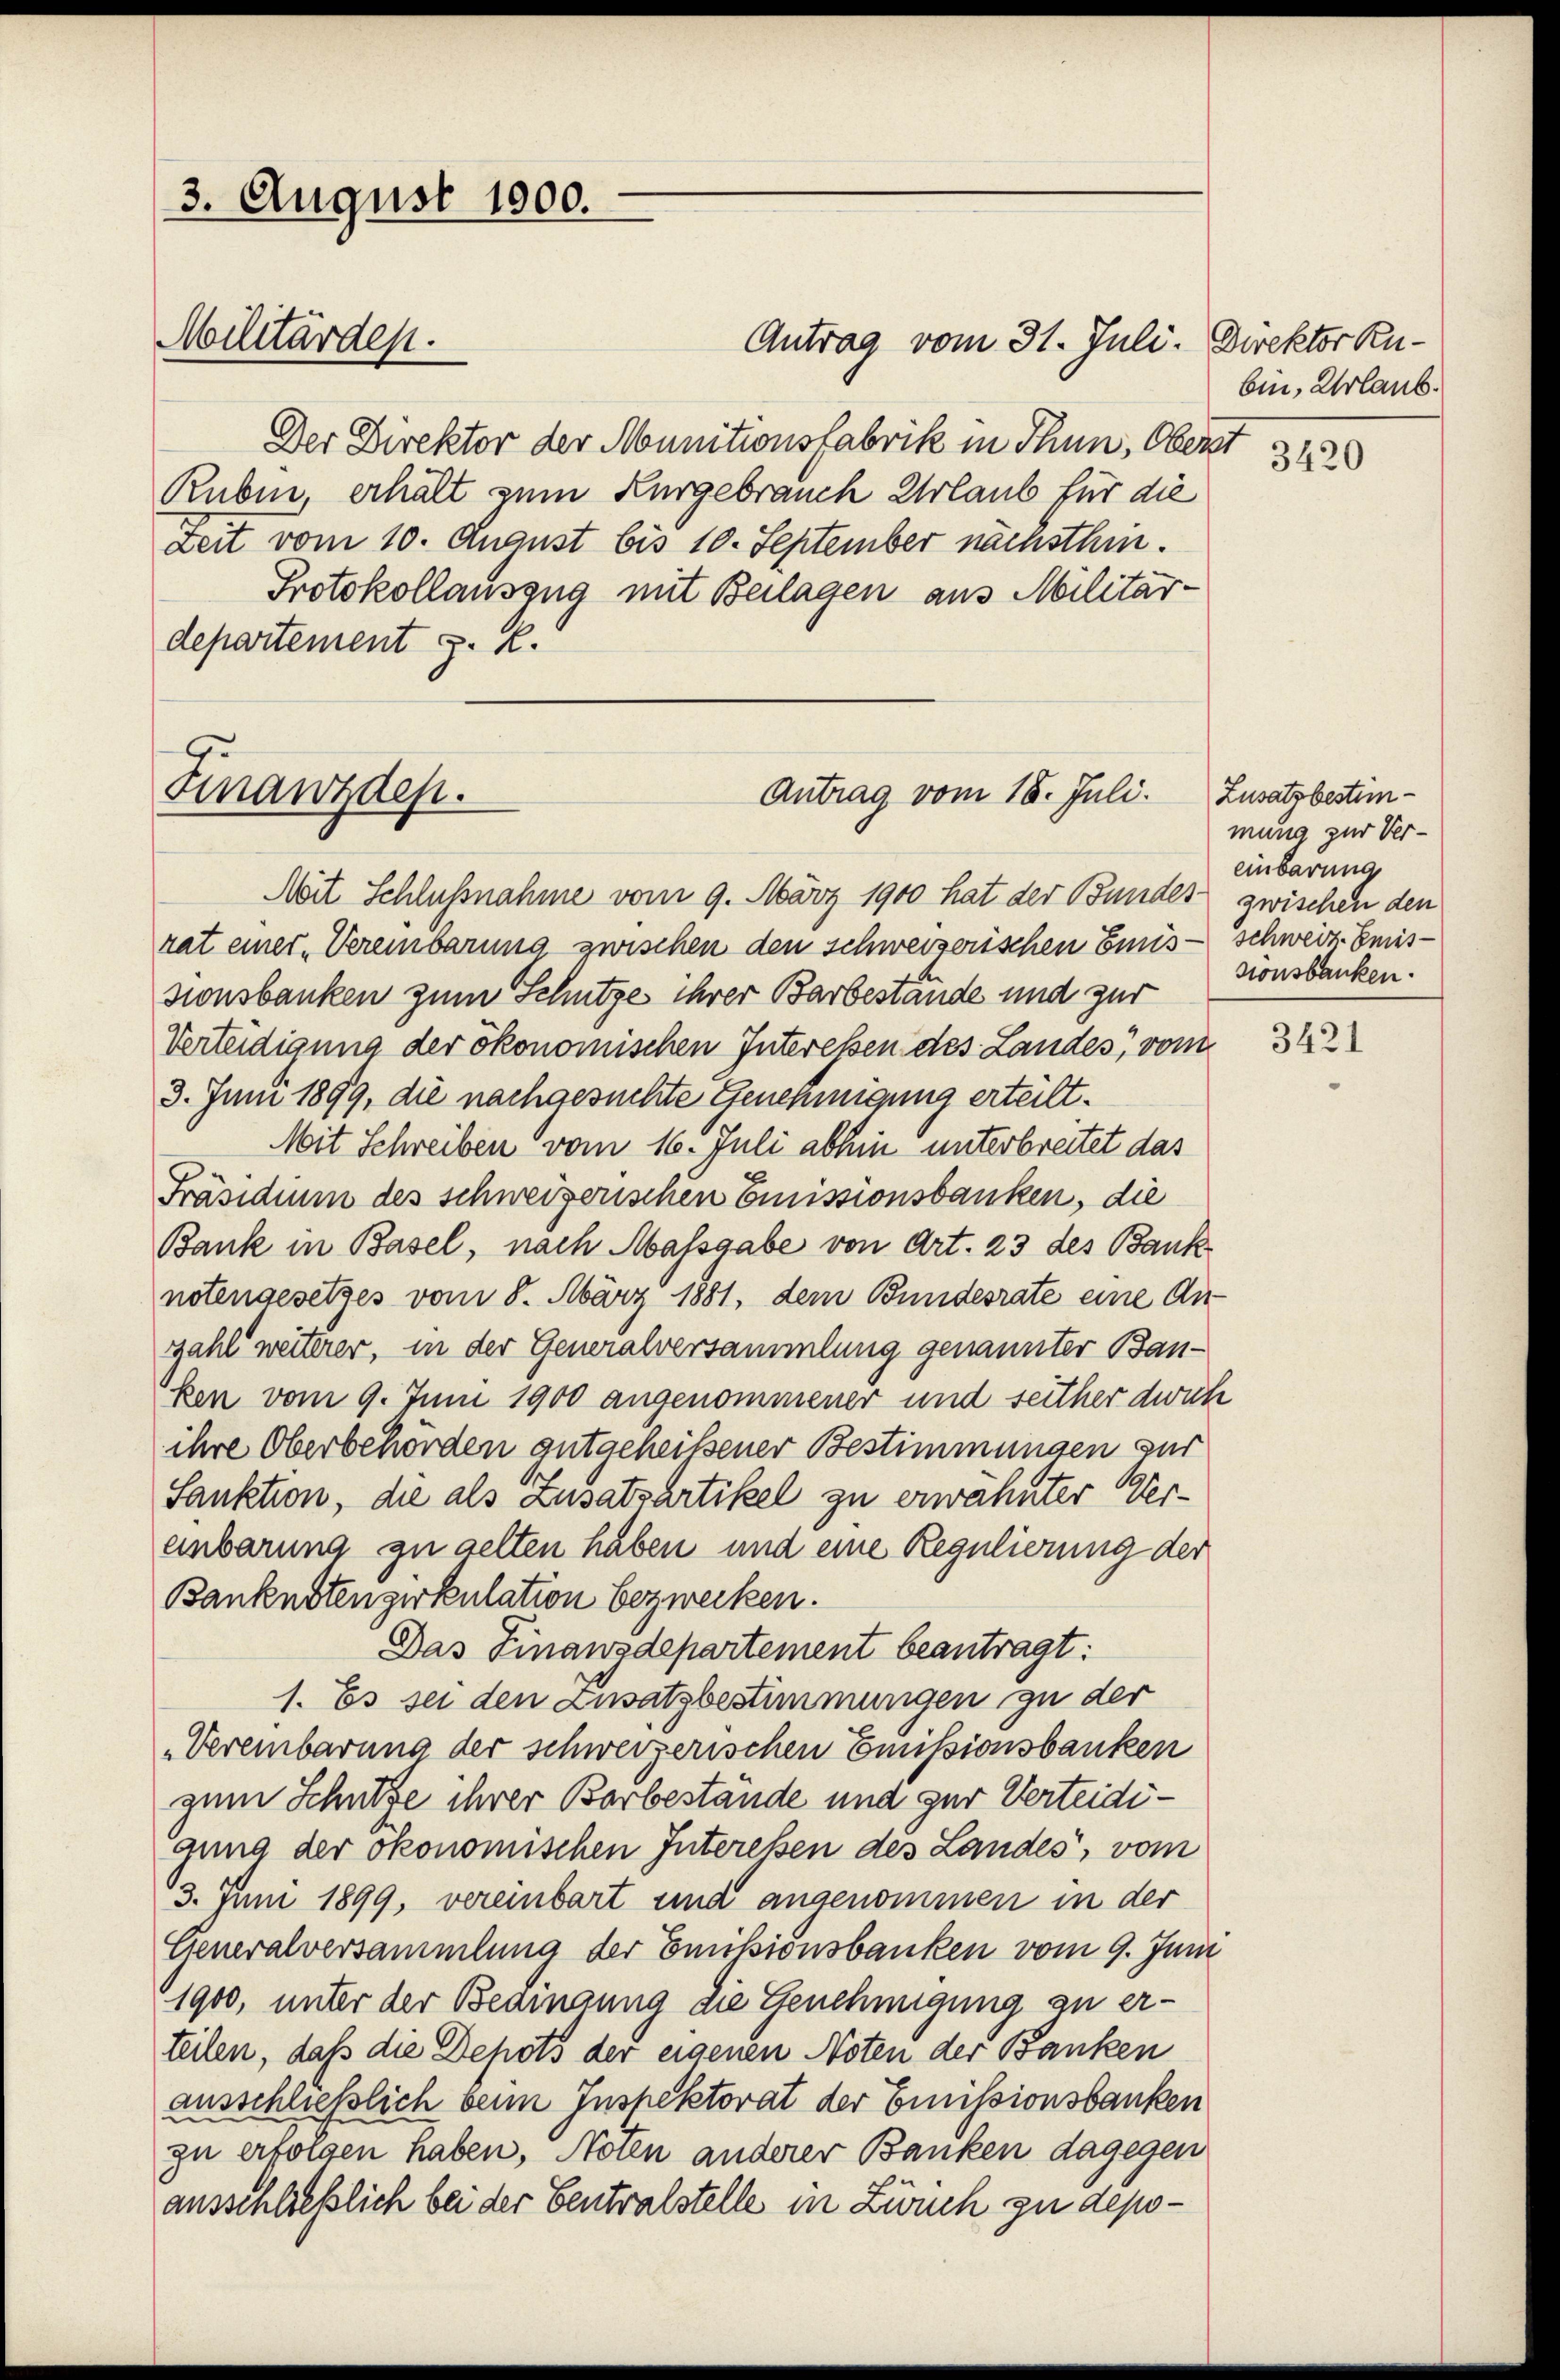
3. August 1900.
Militärden.

Der Direktor der Munitionsfabrik in Thun, Oberst
Ruben, erhält zum Kurgebrauch Urlaub für die
Zeit vom 10. August bis 10. September nächsthin.
Protokollauszug mit Beilagen aus Militärdepartement z. R.

Finanzdep

Antrag vom 18. Juli.

Mit Schlußnahme vom 9. März 1900 hat der Bundes zwischen den
rat einer Vereinbarung zwischen den schweizerischen Emis-schweiz. Emissionsbanken zum Schutzes ihrer Barbestände und zur
Verteidigung der ökonomischen Interessen des Landes, vom
3. Juni 1899, die nachgesuchte Genehmigung erteilt.
Mit Schreiben vom 16. Juli abhin unterbreitet das
Präsidium des schweizerischen Emissionsbanken, die
Bank in Basel, nach Massgabe von Art. 23 des Bank
notengesetzes vom 8. März 1881, dem Bundesrate eine Anzahl weiterer, in der Generalversammlung genannter Bauken vom 9. Juni 1900 angenommener und seither dich
ihre Oberbehörden gutgeheissener Bestimmungen zur
Sanktion, die als Zusatzartikel zu erwähnter Vereinbarung zu gelten haben und eine Regulierung der
Bankenstenzirkulation bezwecken.
Das Finanzdepartement beantragt:
1. Es sei den Zusatzbestimmungen zu der
„Vereinbarung der schweizerischen Emissionsbanken
zum Schütze ihrer Barbestände und zur Verteidigung der ökonomischen Interessen des Landes, vom
3. Juni 1899, vereinbart und angenommen in der
Generalversammlung der Emissionsbanken vom 9. Juni
1900, unter der Bedingung die Genehmigung zu erteilen, daß die Depots der eigenen Noten der Banken
ausschließlich beim Inspektorat der Emissionsbanken
zu erfolgen haben, Noten anderer Banken dagegen
ausschließlich bei der Centralstelle in Zürch zu depo¬

Antrag vom 31. Juli. Direktor Ru¬

bin, Urlaub.
3420

Zusatz bestimmung zur Vereinbarung
sionsbanken.

3421